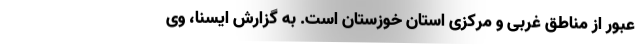
عبور از مناطق غربی و مرکزی استان خوزستان است. به گزارش ایسنا، وی